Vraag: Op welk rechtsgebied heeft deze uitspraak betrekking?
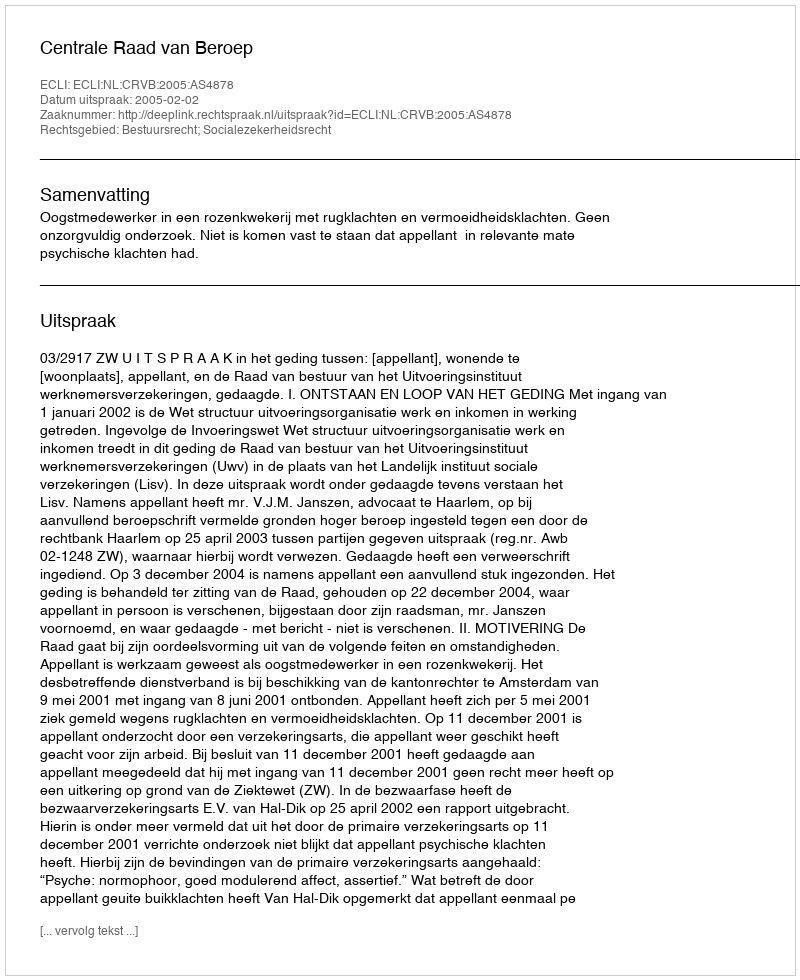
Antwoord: Bestuursrecht; Socialezekerheidsrecht